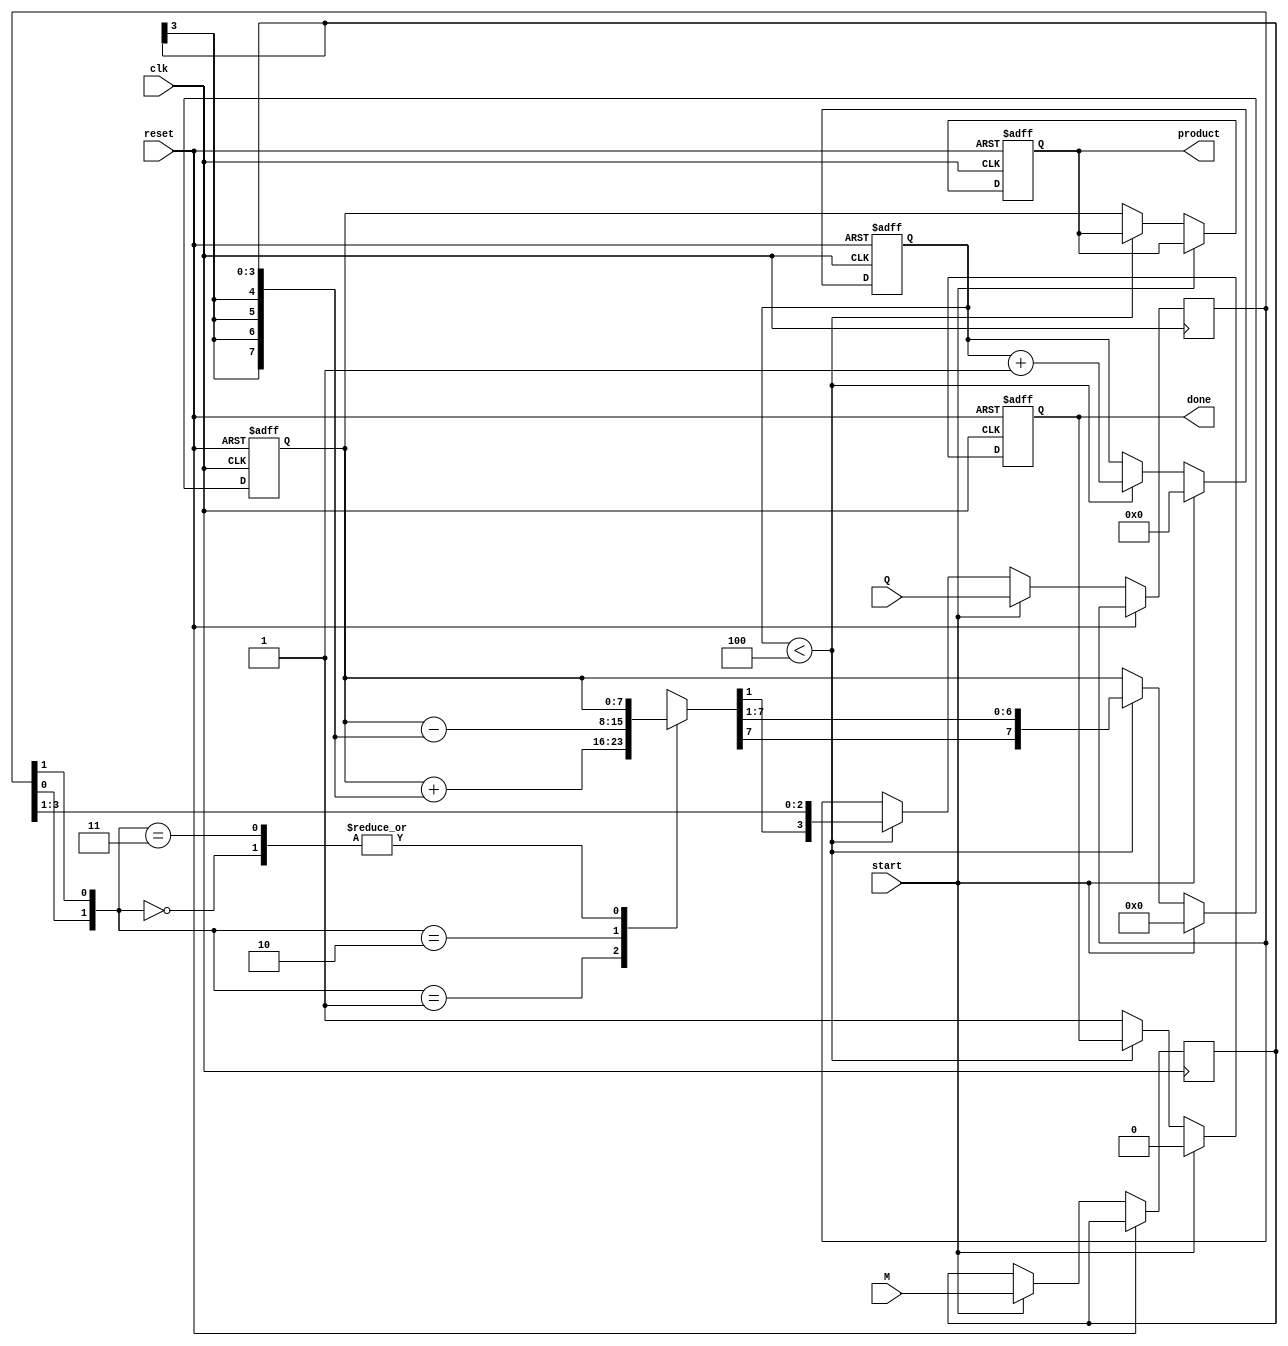
module modified_booth_multiplier #(parameter n = 4) (
    input  wire [n-1:0] M,        // Multiplicand
    input  wire [n-1:0] Q,        // Multiplier
    input  wire start,             // Start signal
    input  wire clk,               // Clock signal
    input  wire reset,             // Reset signal
    output reg [2*n-1:0] product,  // Product output
    output reg done                // Done signal
);

    reg [n-1:0] multiplicand;      // Register for multiplicand
    reg [n-1:0] multiplier;         // Register for multiplier
    reg [2*n-1:0] partial_product;  // Register for partial product
    reg [n:0] count;               // Counter for iterations
    reg [1:0] booth_pair;          // Current Booth pair

    // State machine for multiplication
    always @(posedge clk or posedge reset) begin
        if (reset) begin
            product <= 0;
            partial_product <= 0;
            count <= 0;
            done <= 0;
        end else if (start) begin
            // Initialize registers
            multiplicand <= M;
            multiplier <= Q;
            partial_product <= 0;
            count <= 0;
            done <= 0;
        end else if (count < n) begin
            // Booth encoding logic
            booth_pair = {multiplier[0], multiplier[1]}; // Get the current pair

            case (booth_pair)
                2'b00: begin
                    // Do nothing
                end
                2'b01: begin
                    // Add multiplicand to partial product
                    partial_product = partial_product + { {n{multiplicand[n-1]}}, multiplicand }; // Sign extend
                end
                2'b10: begin
                    // Subtract multiplicand from partial product
                    partial_product = partial_product - { {n{multiplicand[n-1]}}, multiplicand }; // Sign extend
                end
                2'b11: begin
                    // Do nothing
                end
            endcase

            // Shift right the partial product
            partial_product = {partial_product[2*n-1], partial_product[2*n-1:1]}; // Arithmetic shift right

            // Update multiplier for next iteration
            multiplier = {partial_product[0], multiplier[n-1:1]}; // Shift right the multiplier

            // Increment the count
            count <= count + 1;
        end else begin
            // Finalize the product
            product <= partial_product;
            done <= 1; // Indicate multiplication is done
        end
    end
endmodule